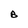
Character: B